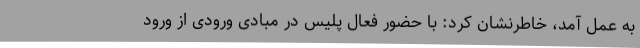
به عمل آمد، خاطرنشان کرد: با حضور فعال پلیس در مبادی ورودی از ورود